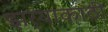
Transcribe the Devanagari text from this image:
झर्‍याकाठी